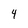
Character: 4